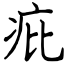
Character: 疪